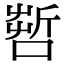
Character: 𠺤